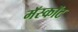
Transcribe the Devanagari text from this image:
मॅस्कॉट